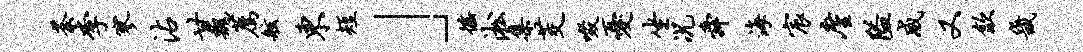
荼李寥沾甘魏荐舷东短」徭淞集茭啜忧坐况舜海宸廑隘威又歙畿